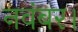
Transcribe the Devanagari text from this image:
नवंबर।